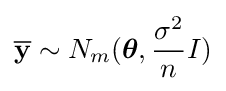
{\overline {\mathbf {y} }}\sim N_{m}({\boldsymbol {\theta }},{\frac {\sigma ^{2}}{n}}I)